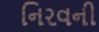
નિરવની